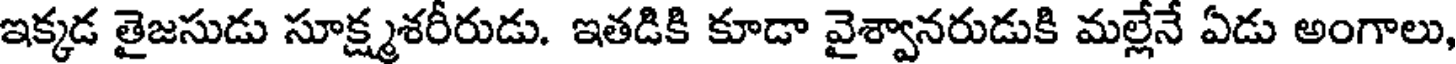
ఇక్కడ తైజసుడు సూక్ష్మశరీరుడు. ఇతడికి కూడా వైశ్వానరుడుకి మల్లేనే ఏడు అంగాలు,